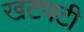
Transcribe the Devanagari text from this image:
खटपटी